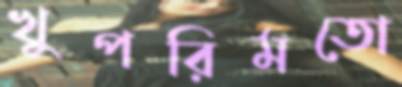
খুপরিমতো